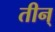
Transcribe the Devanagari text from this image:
तीन्